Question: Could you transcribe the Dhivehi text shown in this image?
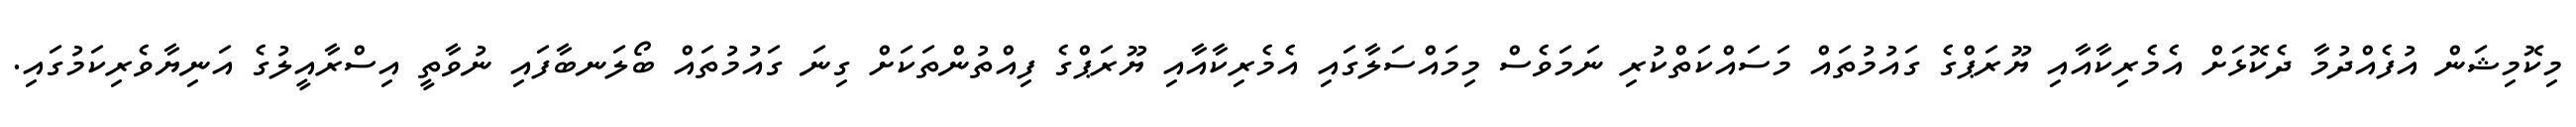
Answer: މިކޮމިޝަން އުފެއްދުމާ ދެކޮޅަށް އެމެރިކާއާއި ޔޫރަޕްގެ ގައުމުތައް މަސައްކަތްކުރި ނަމަވެސް މިމައްސަލާގައި އެމެރިކާއާއި ޔޫރަޕްގެ ފިއްތުންތަކަށް ގިނަ ގައުމުތައް ބޯލަނބާފައި ނުވާތީ އިސްރާއީލުގެ އަނިޔާވެރިކަމުގައި.